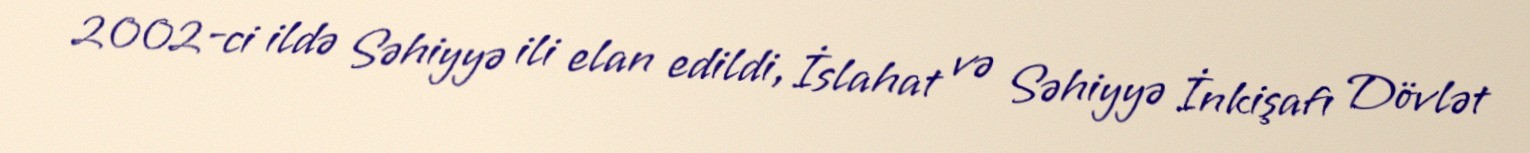
2002-ci ildə Səhiyyə ili elan edildi, İslahat və Səhiyyə İnkişafı Dövlət